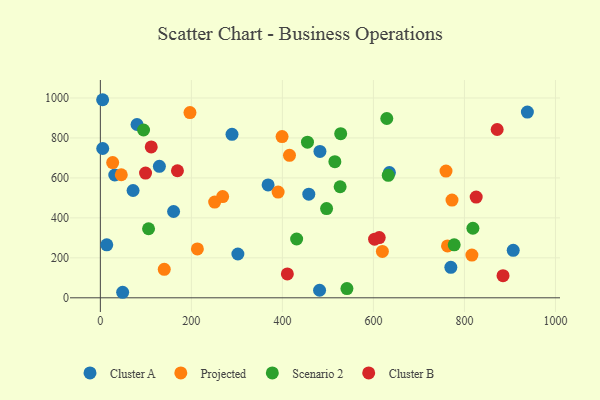
{"axis": {"x": "Speed", "y": "Demand"}, "legend": ["Cluster A", "Cluster B", "Projected", "Scenario 2"], "data": [{"x": "481.7", "y": 37.9, "type": "Cluster A"}, {"x": "31.7", "y": 614.7, "type": "Cluster A"}, {"x": "635.1", "y": 626.5, "type": "Cluster A"}, {"x": "129.7", "y": 658.2, "type": "Cluster A"}, {"x": "907.2", "y": 237.5, "type": "Cluster A"}, {"x": "458.0", "y": 518.4, "type": "Cluster A"}, {"x": "160.9", "y": 432.0, "type": "Cluster A"}, {"x": "80.6", "y": 867.3, "type": "Cluster A"}, {"x": "289.3", "y": 818.0, "type": "Cluster A"}, {"x": "482.5", "y": 732.6, "type": "Cluster A"}, {"x": "302.2", "y": 219.3, "type": "Cluster A"}, {"x": "14.1", "y": 265.0, "type": "Cluster A"}, {"x": "49.0", "y": 27.7, "type": "Cluster A"}, {"x": "770.1", "y": 152.4, "type": "Cluster A"}, {"x": "938.3", "y": 929.5, "type": "Cluster A"}, {"x": "5.0", "y": 991.3, "type": "Cluster A"}, {"x": "368.6", "y": 565.0, "type": "Cluster A"}, {"x": "71.9", "y": 537.0, "type": "Cluster A"}, {"x": "5.2", "y": 747.1, "type": "Cluster A"}, {"x": "213.2", "y": 244.7, "type": "Projected"}, {"x": "772.7", "y": 489.2, "type": "Projected"}, {"x": "196.9", "y": 927.0, "type": "Projected"}, {"x": "251.2", "y": 479.1, "type": "Projected"}, {"x": "140.4", "y": 142.6, "type": "Projected"}, {"x": "27.1", "y": 676.9, "type": "Projected"}, {"x": "759.5", "y": 634.1, "type": "Projected"}, {"x": "268.7", "y": 506.5, "type": "Projected"}, {"x": "619.7", "y": 232.2, "type": "Projected"}, {"x": "816.4", "y": 214.1, "type": "Projected"}, {"x": "390.6", "y": 529.2, "type": "Projected"}, {"x": "762.8", "y": 259.7, "type": "Projected"}, {"x": "46.0", "y": 615.8, "type": "Projected"}, {"x": "415.6", "y": 713.0, "type": "Projected"}, {"x": "399.3", "y": 807.1, "type": "Projected"}, {"x": "818.6", "y": 348.0, "type": "Scenario 2"}, {"x": "526.9", "y": 555.7, "type": "Scenario 2"}, {"x": "528.1", "y": 821.2, "type": "Scenario 2"}, {"x": "105.9", "y": 345.5, "type": "Scenario 2"}, {"x": "629.4", "y": 897.3, "type": "Scenario 2"}, {"x": "455.1", "y": 779.0, "type": "Scenario 2"}, {"x": "777.5", "y": 265.3, "type": "Scenario 2"}, {"x": "497.1", "y": 446.4, "type": "Scenario 2"}, {"x": "632.6", "y": 612.8, "type": "Scenario 2"}, {"x": "515.3", "y": 681.1, "type": "Scenario 2"}, {"x": "94.9", "y": 839.7, "type": "Scenario 2"}, {"x": "541.8", "y": 46.4, "type": "Scenario 2"}, {"x": "431.3", "y": 294.2, "type": "Scenario 2"}, {"x": "169.4", "y": 635.8, "type": "Cluster B"}, {"x": "884.8", "y": 110.8, "type": "Cluster B"}, {"x": "871.9", "y": 842.2, "type": "Cluster B"}, {"x": "612.8", "y": 301.3, "type": "Cluster B"}, {"x": "99.3", "y": 624.3, "type": "Cluster B"}, {"x": "410.9", "y": 119.7, "type": "Cluster B"}, {"x": "825.8", "y": 503.9, "type": "Cluster B"}, {"x": "602.6", "y": 293.5, "type": "Cluster B"}, {"x": "111.8", "y": 754.9, "type": "Cluster B"}]}